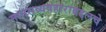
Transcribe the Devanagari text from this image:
मानसव्यवहाराबद्दलचे